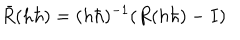
\bar { R } ( h \hbar ) = ( h \hbar ) ^ { - 1 } ( R ( h \hbar ) - I )